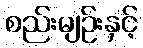
စည်းမျဉ်းနှင့်